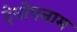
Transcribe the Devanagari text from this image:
देवोपनाम